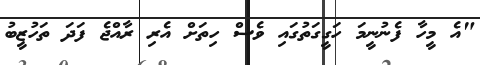
"އެ މީހާ ފެނުނީމަ ހަގީގަތުގައި ވެސް ހިތަށް އެރި ރާއްޖެ ފަދަ ތަހުޒީބު